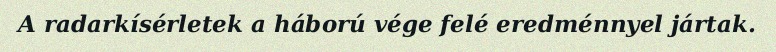
A radarkísérletek a háború vége felé eredménnyel jártak.